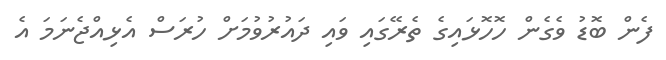
ފެން ބޮޑު ވެގެން ހޮހޮޅައިގެ ތެރޭގައި ވައި ދައުރުވުމަށް ހުރަސް އެޅިއްޖެނަމަ އެ